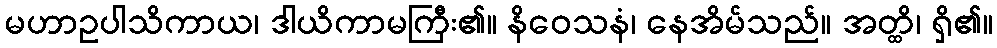
မဟာဥပါသိကာယ၊ ဒါယိကာမကြီး၏။ နိဝေသနံ၊ နေအိမ်သည်။ အတ္ထိ၊ ရှိ၏။